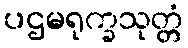
ပဌမရုက္ခသုတ္တံ